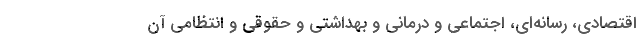
اقتصادی، رسانه‌ای، اجتماعی و درمانی و بهداشتی و حقوقی و انتظامی آن